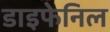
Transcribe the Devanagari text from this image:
डाइफेनिल